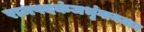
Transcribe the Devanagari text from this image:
रामपदकंजभृंगायमान